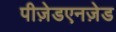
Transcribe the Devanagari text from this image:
पीज़ेडएनज़ेड